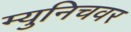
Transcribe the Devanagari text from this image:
म्युनिचवर